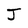
Character: J